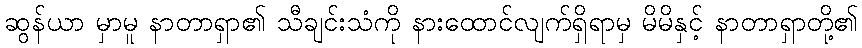
ဆွန်ယာ မှာမူ နာတာရှာ၏ သီချင်းသံကို နားထောင်လျက်ရှိရာမှ မိမိနှင့် နာတာရှာတို့၏